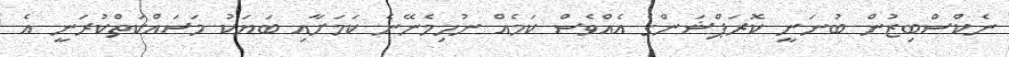
ނެކްސްބިޒުން ބުނަނީ ކޮރަޕްޝަންގެ އެއްވެސް ކަމެއް ނުހިމެނޭނެ ކަމަށާއި ބަޔަކު މަސައްކަތްކުރަނީ އެ